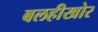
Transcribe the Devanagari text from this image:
बलहीखोर